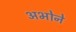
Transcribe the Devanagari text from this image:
अभोने